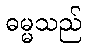
ဓမ္မသည်